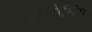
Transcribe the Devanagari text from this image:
कुओमिंग